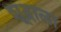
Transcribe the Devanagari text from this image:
शूद्राला